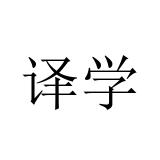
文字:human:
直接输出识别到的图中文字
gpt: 译学